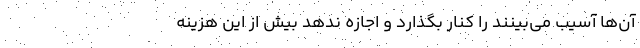
آن‌ها آسیب می‌بینند را کنار بگذارد و اجازه ندهد بیش از این هزینه